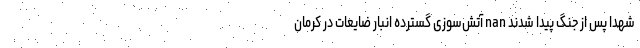
شهدا پس از جنگ پیدا شدند nan آتش‌سوزی گسترده انبار ضایعات در کرمان